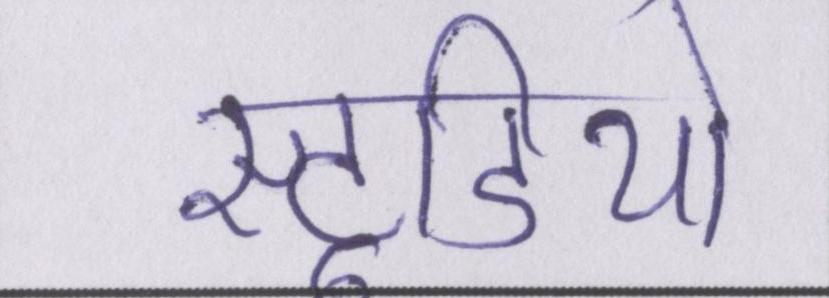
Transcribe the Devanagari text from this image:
स्टूडियो